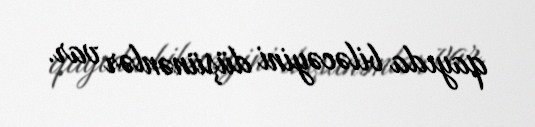
qayıda biləcəyini düşünənlər var.